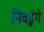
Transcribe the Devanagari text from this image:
निवडुंगे